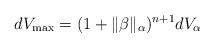
LaTeX: \begin{align*} dV_{\max}=(1+\|\beta\|_{\alpha})^{n+1}dV_{\alpha} \end{align*}